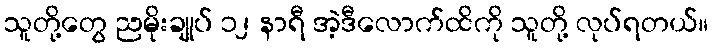
သူတို့တွေ ညမိုးချုပ် ၁၂ နာရီ အဲ့ဒီလောက်ထိကို သူတို့ လုပ်ရတယ်။